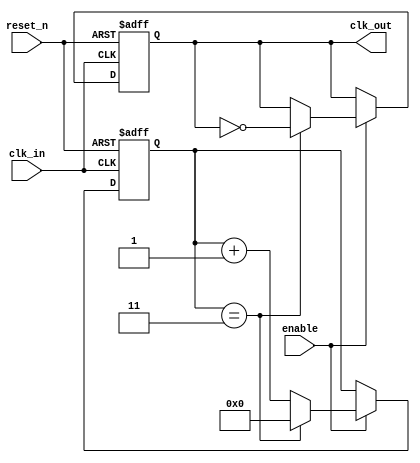
module ClockDivider
#(
    parameter N = 4 // Division factor
)
(
    input wire clk_in,      // Input clock signal
    input wire reset_n,     // Active low asynchronous reset
    input wire enable,      // Enable signal for the clock divider
    output reg clk_out      // Output divided clock signal
);

    reg [31:0] counter;     // Counter to keep track of clock cycles

    // Asynchronous reset and counter logic
    always @(posedge clk_in or negedge reset_n) begin
        if (!reset_n) begin
            counter <= 0;    // Reset counter
            clk_out <= 0;    // Reset output clock
        end else if (enable) begin
            if (counter == (N - 1)) begin
                counter <= 0; // Reset counter
                clk_out <= ~clk_out; // Toggle output clock
            end else begin
                counter <= counter + 1; // Increment counter
            end
        end
    end

endmodule